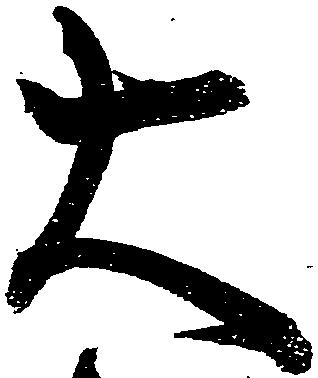
大